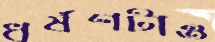
ধর্ষণটাও